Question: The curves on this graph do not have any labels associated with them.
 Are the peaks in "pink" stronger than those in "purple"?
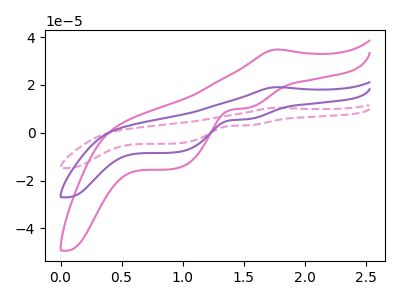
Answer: <think>The pink curve "pink" has an anodic peak at (1.75V, 34.80uA) and cathodic peaks at (1.55V, 10.35uA) (0.95V, -15.05uA). The pink dashed curve "pink dashed" has an anodic peak at (1.75V, 38.10uA) and cathodic peaks at (1.55V, 11.30uA) (0.95V, -16.50uA). The purple curve "purple" has an anodic peak at (1.75V, 19.05uA) and cathodic peaks at (1.55V, 5.65uA) (0.95V, -8.25uA).</think>
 <answer>The peaks in "pink" are neither all higher or all lower than the peaks in "purple".</answer>
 <eval>mixed</eval>